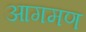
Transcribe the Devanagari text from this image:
आगमण